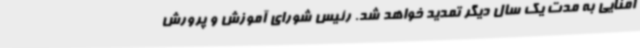
امنایی به مدت یک سال دیگر تمدید خواهد شد. رئیس شورای آموزش و پرورش